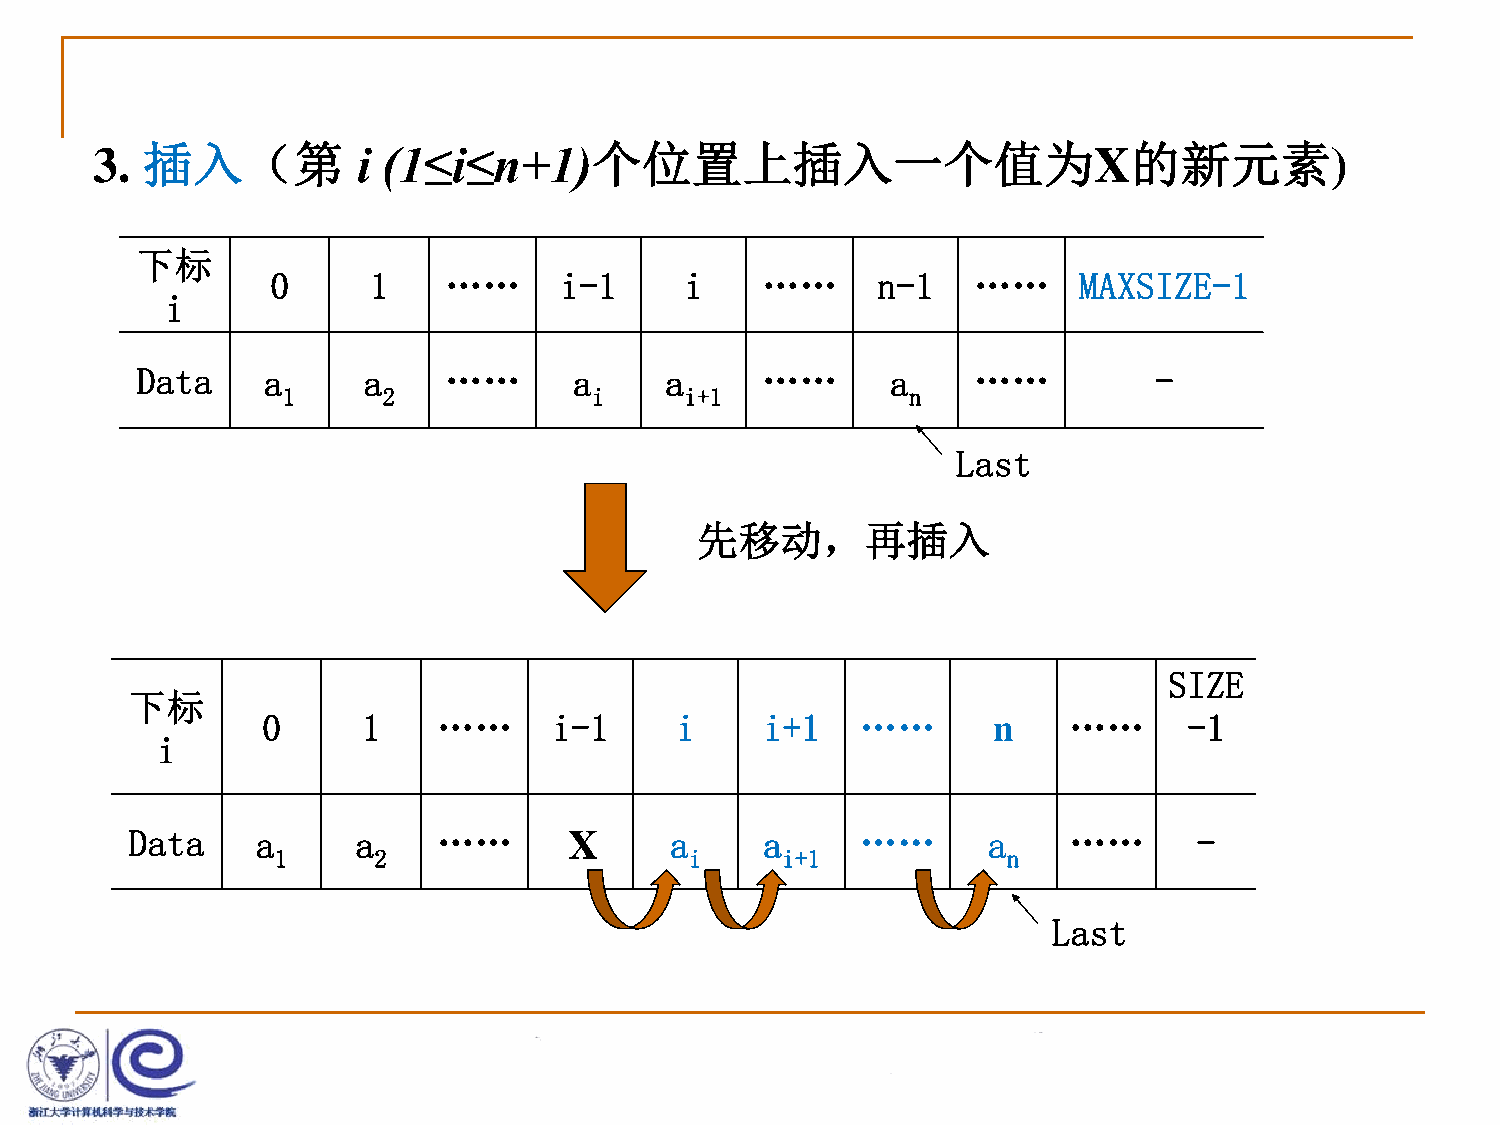
3. 插入（第           i (1≤i≤n+1)个位置上插入一个值为X的新元素)
 下标
 0     1    ……      i-1     i    ……      n-1   ……     MAXSIZE-1
 i
 Data    a      a    ……       a     a     ……       a    ……          -
 1     2             i     i+1            n
 Last
 先移动，再插入
 SIZE
 下标
 0      1    ……      i-1     i     i+1   ……       n    ……      -1
 i
 Data    a      a    ……       X     a      a     ……      a     ……      -
 1      2                    i     i+1            n
 Last